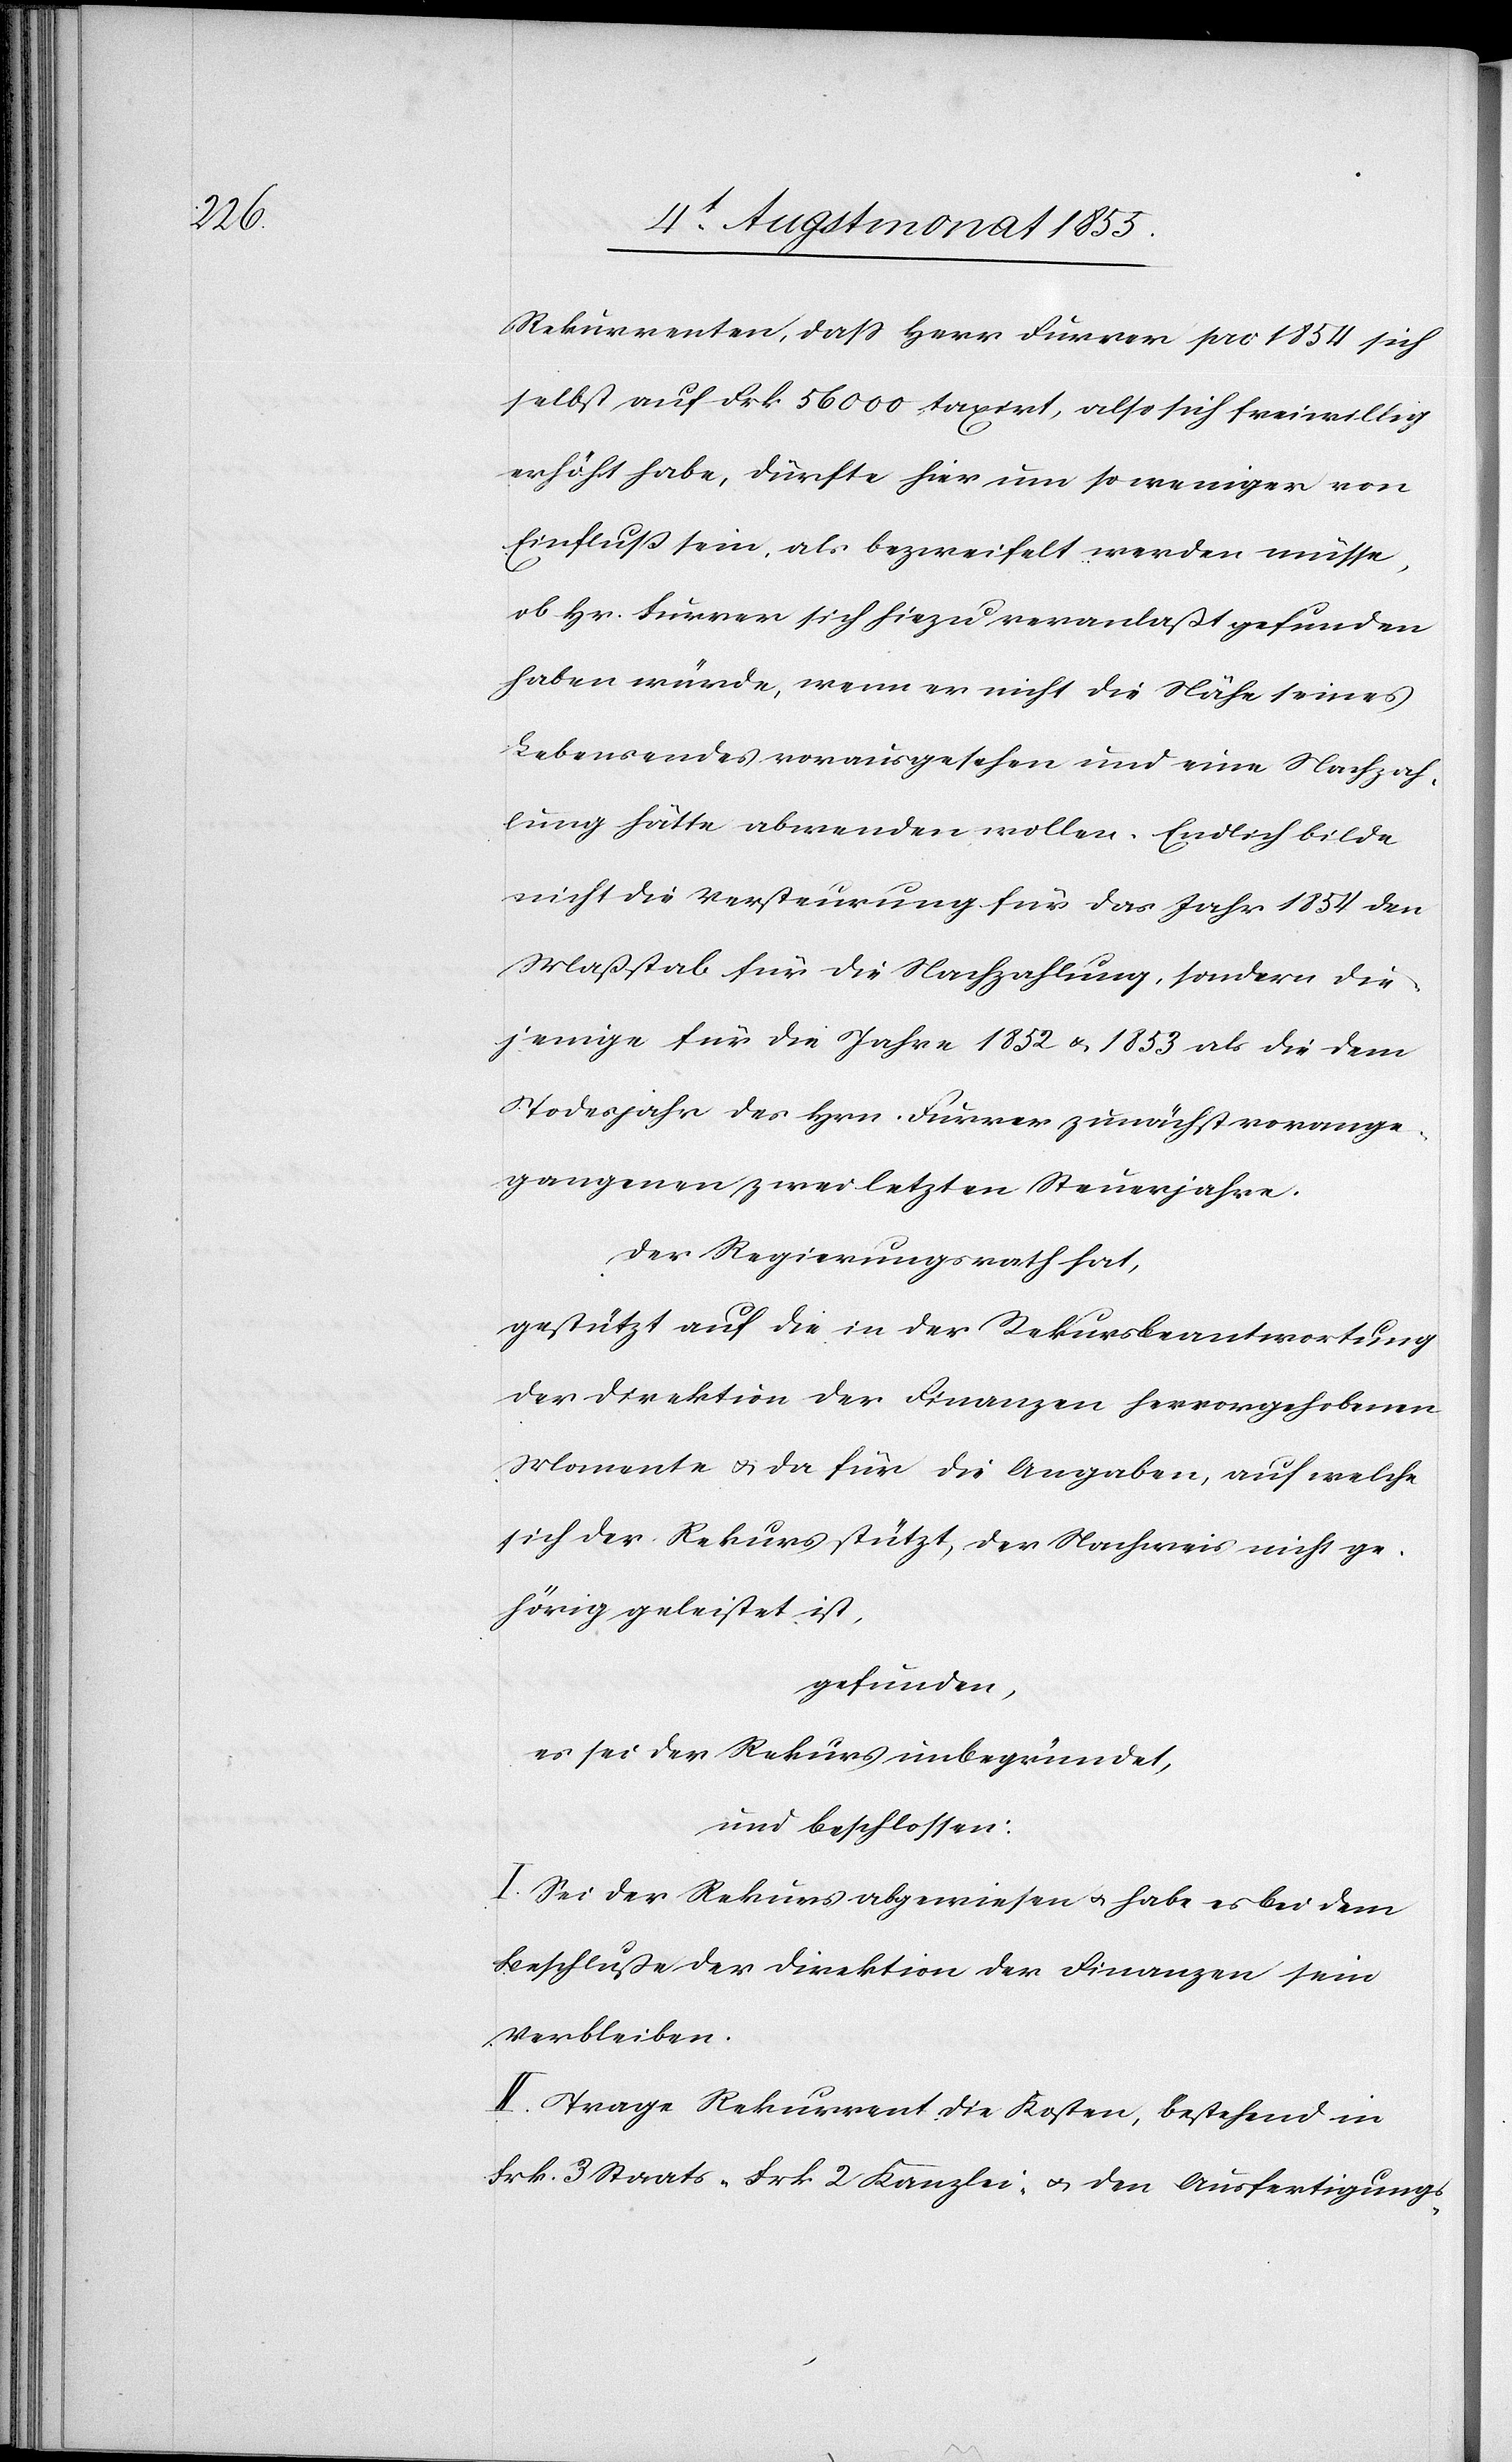
Rekurrenten, dass Herr Furrer pro 1854 sich
selbst auf Frk. 56 000 taxirt, also sich freiwillig
erhöht habe, dürfte hier um so weniger von
Einfluß sein, als bezweifelt werden müsse,
ob Hr. Furrer sich hiezu veranlaßt gefunden
haben würde, wenn er nicht die Nähe seines
Lebensendes vorausgesehen und eine Nachzah¬
lung hätte abwenden wollen. Endlich bilde
nicht die Versteurung für das Jahr 1854 den
Maßstab für die Nachzahlung, sondern die¬
jenige für die Jahre 1852 & 1853 als die dem
Todesjahr des Hrn. Furrer zunächst vorange¬
gangenen zwei letzten Steuerjahre.
Der Regierungsrath hat,
gestützt auf die in der Rekursbeantwortung
der Direktion der Finanzen hervorgehobenen
Momente & da für die Angaben, auf welche
sich der Rekurs stützt, der Nachweis nicht ge¬
hörig geleistet ist,
gefunden,
es sei der Rekurs unbegründet,
und beschlossen:
I. Sei der Rekurs abgewiesen & habe es bei dem
Beschluße der Direktion der Finanzen sein
Verbleiben.
II. Trage Rekurrent die Kosten, bestehend in
Frk. 3 Staats-[,] Frk. 2 Kanzlei- & den Ausfertigungs-